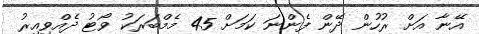
އޭނާ އަށް ރުހުން ދޭން ފެންނަ ކަމަށް 45 މެމްބަރަކު ވޯޓު ދެއްވިއިރު